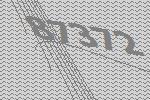
87372